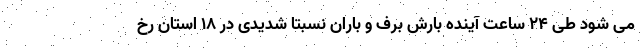
می شود طی ۲۴ ساعت آینده بارش برف و باران نسبتا شدیدی در ۱۸ استان رخ